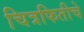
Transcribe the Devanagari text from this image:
चित्रफितीचे